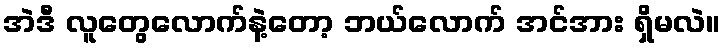
အဲဒီ လူတွေလောက်နဲ့တော့ ဘယ်လောက် အင်အား ရှိမလဲ။